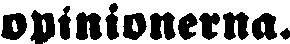
opinionerna.